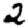
Digit: 2